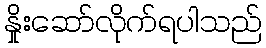
နှိုးဆော်လိုက်ရပါသည်